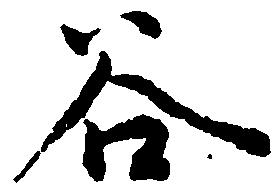
谷